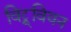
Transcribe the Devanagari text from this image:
विट्रूवियन